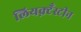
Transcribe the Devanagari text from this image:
लियक़्टँस्टीन